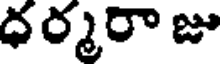
ధర్మరా జు